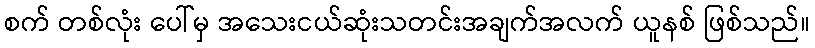
စက် တစ်လုံး ပေါ်မှ အသေးငယ်ဆုံးသတင်းအချက်အလက် ယူနစ် ဖြစ်သည်။